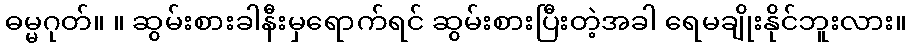
ဓမ္မဂုတ်။ ။ ဆွမ်းစားခါနီးမှရောက်ရင် ဆွမ်းစားပြီးတဲ့အခါ ရေမချိုးနိုင်ဘူးလား။